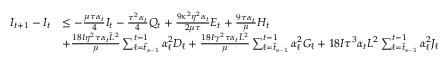
\begin{array} { r l } { I _ { t + 1 } - I _ { t } } & { \leq - \frac { \mu \tau \alpha _ { t } } { 4 } I _ { t } - \frac { \tau ^ { 2 } \alpha _ { t } } { 4 } Q _ { t } + \frac { 9 \kappa ^ { 2 } \eta ^ { 2 } \alpha _ { t } } { 2 \mu \tau } E _ { t } + \frac { 9 \tau \alpha _ { t } } { \mu } H _ { t } } \\ & { + \frac { 1 8 I \eta ^ { 2 } \tau \alpha _ { t } \tilde { L } ^ { 2 } } { \mu } \sum _ { \ell = \bar { t } _ { s - 1 } } ^ { t - 1 } \alpha _ { \ell } ^ { 2 } D _ { \ell } + \frac { 1 8 I \gamma ^ { 2 } \tau \alpha _ { t } \tilde { L } ^ { 2 } } { \mu } \sum _ { \ell = \bar { t } _ { s - 1 } } ^ { t - 1 } \alpha _ { \ell } ^ { 2 } G _ { \ell } + 1 8 I \tau ^ { 3 } \alpha _ { t } L ^ { 2 } \sum _ { \ell = \bar { t } _ { s - 1 } } ^ { t - 1 } \alpha _ { \ell } ^ { 2 } J _ { \ell } } \end{array}